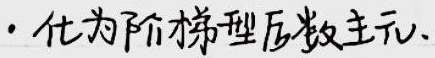
#NAME?